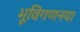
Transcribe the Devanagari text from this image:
भूविगणनया